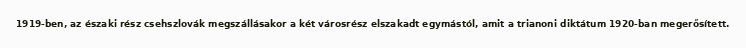
1919-ben, az északi rész csehszlovák megszállásakor a két városrész elszakadt egymástól, amit a trianoni diktátum 1920-ban megerősített.